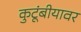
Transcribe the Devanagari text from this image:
कुटूंबीयावर